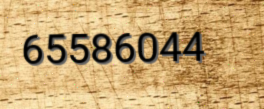
65586044